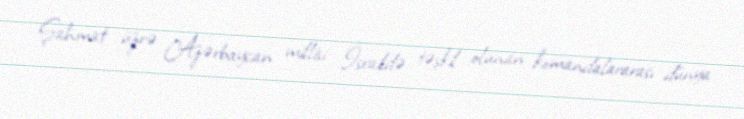
Şahmat üzrə Azərbaycan millisi İsraildə təşkil olunan komandalararası dünya